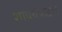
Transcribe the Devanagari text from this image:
शोधयंत्राद्वारे